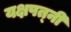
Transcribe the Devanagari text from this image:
यक्षपत्‍नी